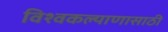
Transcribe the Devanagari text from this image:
विश्वकल्याणासाठी